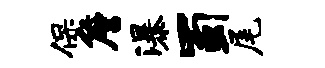
保詹瀑蜀尾